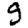
Digit: 9